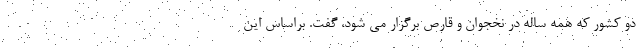
دو کشور که همه ساله در نخجوان و قارص برگزار می شود، گفت. براساس این